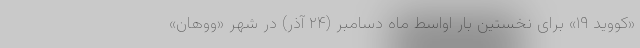
«کووید ۱۹» برای نخستین بار اواسط ماه دسامبر (۲۴ آذر) در شهر «ووهان»